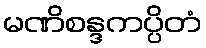
မဏိစန္ဒကပ္ပိတံ